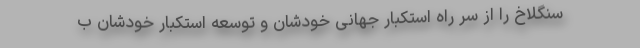
سنگلاخ را از سر راه استکبار جهانی خودشان و توسعه استکبار خودشان ب